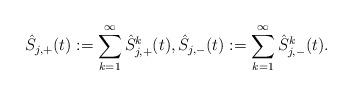
LaTeX: \begin{align*} \hat{S}_{j,+}(t) := \sum_{k=1}^{\infty}\hat{S}^k_{j,+}(t), \hat{S}_{j,-}(t) := \sum_{k=1}^{\infty}\hat{S}^k_{j,-}(t).\end{align*}